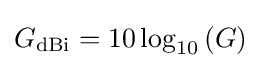
G_{\text{dBi}}=10\log _{10}\left(G\right)